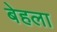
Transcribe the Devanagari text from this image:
बेहला